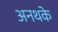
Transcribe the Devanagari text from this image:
अनथके